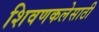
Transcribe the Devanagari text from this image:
शिवणकलेसाठी